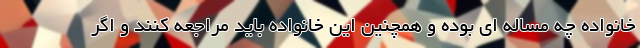
خانواده چه مساله ای بوده و همچنین این خانواده باید مراجعه کنند و اگر